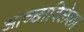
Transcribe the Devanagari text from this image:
आच्छादिलेला